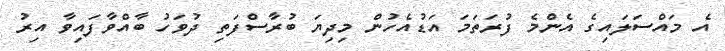
އެ މައްސަލައިގެ އެންމެ ފުރަތަމަ އަޑުއެހުން މިދިޔަ ބުރާސްފަތި ދުވަހު ބާއްވާފައިވާ އިރު